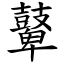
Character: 鼙